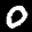
Digit: 0